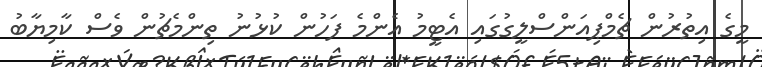
މީގެ އިތުރުން ޗެމްޕިއަންސްލީގުގައި އެޓީމު އެންމެ ފަހުން ކުޅުނު ތިންމެޗުން ވެސް ކާމިޔާބު